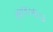
સાલખાડા